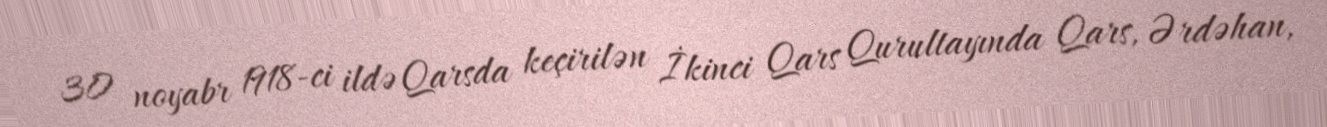
30 noyabr 1918-ci ildə Qarsda keçirilən İkinci Qars Qurultayında Qars, Ərdəhan,